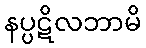
နပ္ပဋိလဘာမိ